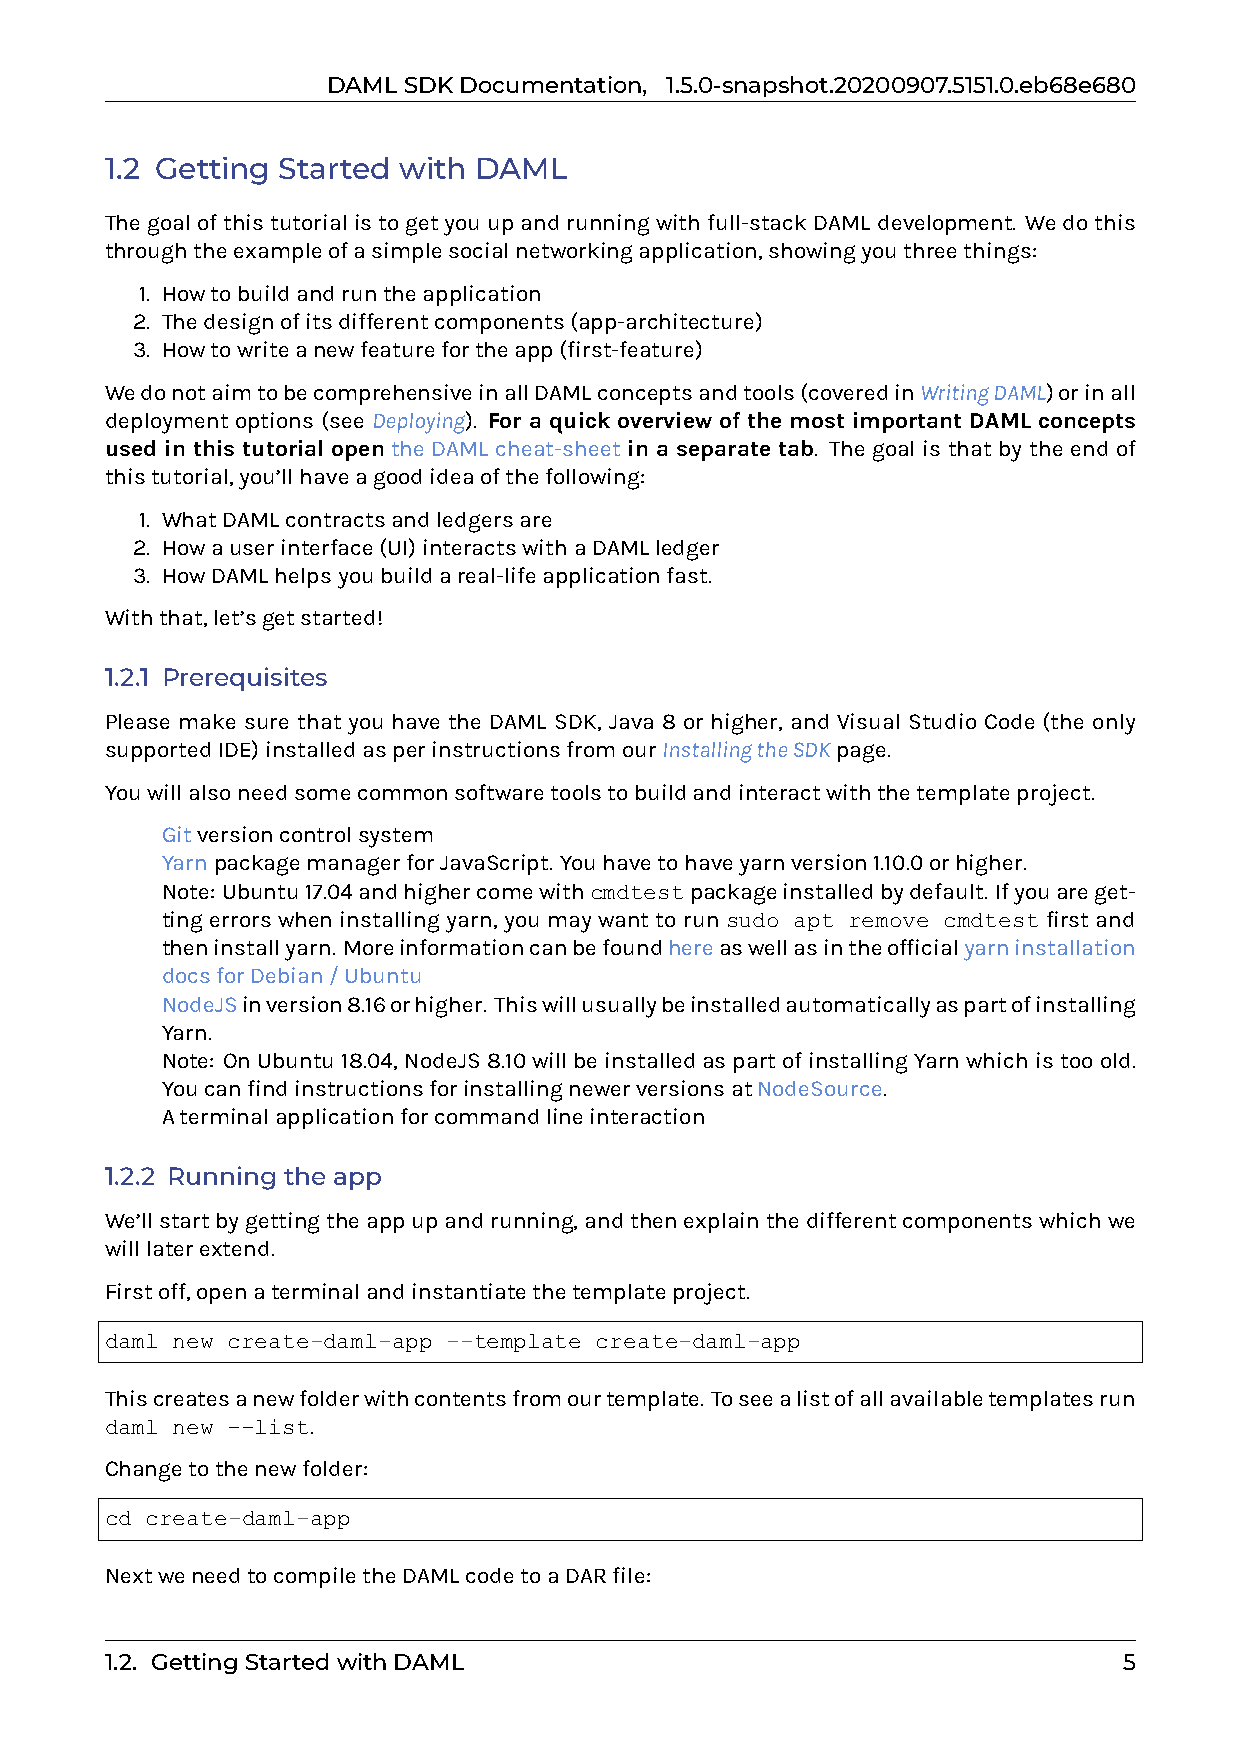
DAMLSDKDocumentation, 1.5.0-snapshot.20200907.5151.0.eb68e680
 1.2 Getting Started with DAML
 Thegoalofthistutorialistogetyouupandrunningwithfull-stackDAMLdevelopment. Wedothis
 throughtheexampleofasimplesocialnetworkingapplication,showingyouthreethings:
 1. Howtobuildandruntheapplication
 2. Thedesignofitsdifferentcomponents(app-architecture)
 3. Howtowriteanewfeaturefortheapp(first-feature)
 WedonotaimtobecomprehensiveinallDAMLconceptsandtools(coveredinWritingDAML)orinall
 deployment options (see Deploying). For a quick overview of the most important DAML concepts
 used in this tutorial open the DAML cheat-sheet in a separate tab. The goal is that by the end of
 thistutorial,you’llhaveagoodideaofthefollowing:
 1. WhatDAMLcontractsandledgersare
 2. Howauserinterface(UI)interactswithaDAMLledger
 3. HowDAMLhelpsyoubuildareal-lifeapplicationfast.
 Withthat,let’sgetstarted!
 1.2.1 Prerequisites
 Please make sure that you have the DAML SDK, Java 8 or higher, and Visual Studio Code (the only
 supportedIDE)installedasperinstructionsfromourInstallingtheSDKpage.
 Youwillalsoneedsomecommonsoftwaretoolstobuildandinteractwiththetemplateproject.
 0 Gitversioncontrolsystem
 0 YarnpackagemanagerforJavaScript. Youhavetohaveyarnversion1.10.0orhigher.
 Note: Ubuntu17.04andhighercomewithcmdtestpackageinstalledbydefault. Ifyouareget-
 tingerrorswheninstallingyarn, youmaywanttorunsudo apt remove cmdtestfirstand
 theninstallyarn. Moreinformationcanbefoundhereaswellasintheofficialyarninstallation
 docsforDebian/Ubuntu
 0 NodeJSinversion8.16orhigher. Thiswillusuallybeinstalledautomaticallyaspartofinstalling
 Yarn.
 Note: OnUbuntu18.04,NodeJS8.10willbeinstalledaspartofinstallingYarnwhichistooold.
 YoucanfindinstructionsforinstallingnewerversionsatNodeSource.
 0 Aterminalapplicationforcommandlineinteraction
 1.2.2 Running the app
 We’llstartbygettingtheappupandrunning,andthenexplainthedifferentcomponentswhichwe
 willlaterextend.
 Firstoff,openaterminalandinstantiatethetemplateproject.
 daml new create-daml-app --template create-daml-app
 Thiscreatesanewfolderwithcontentsfromourtemplate. Toseealistofallavailabletemplatesrun
 daml new --list.
 Changetothenewfolder:
 cd create-daml-app
 NextweneedtocompiletheDAMLcodetoaDARfile:
 1.2. GettingStartedwithDAML                                        5